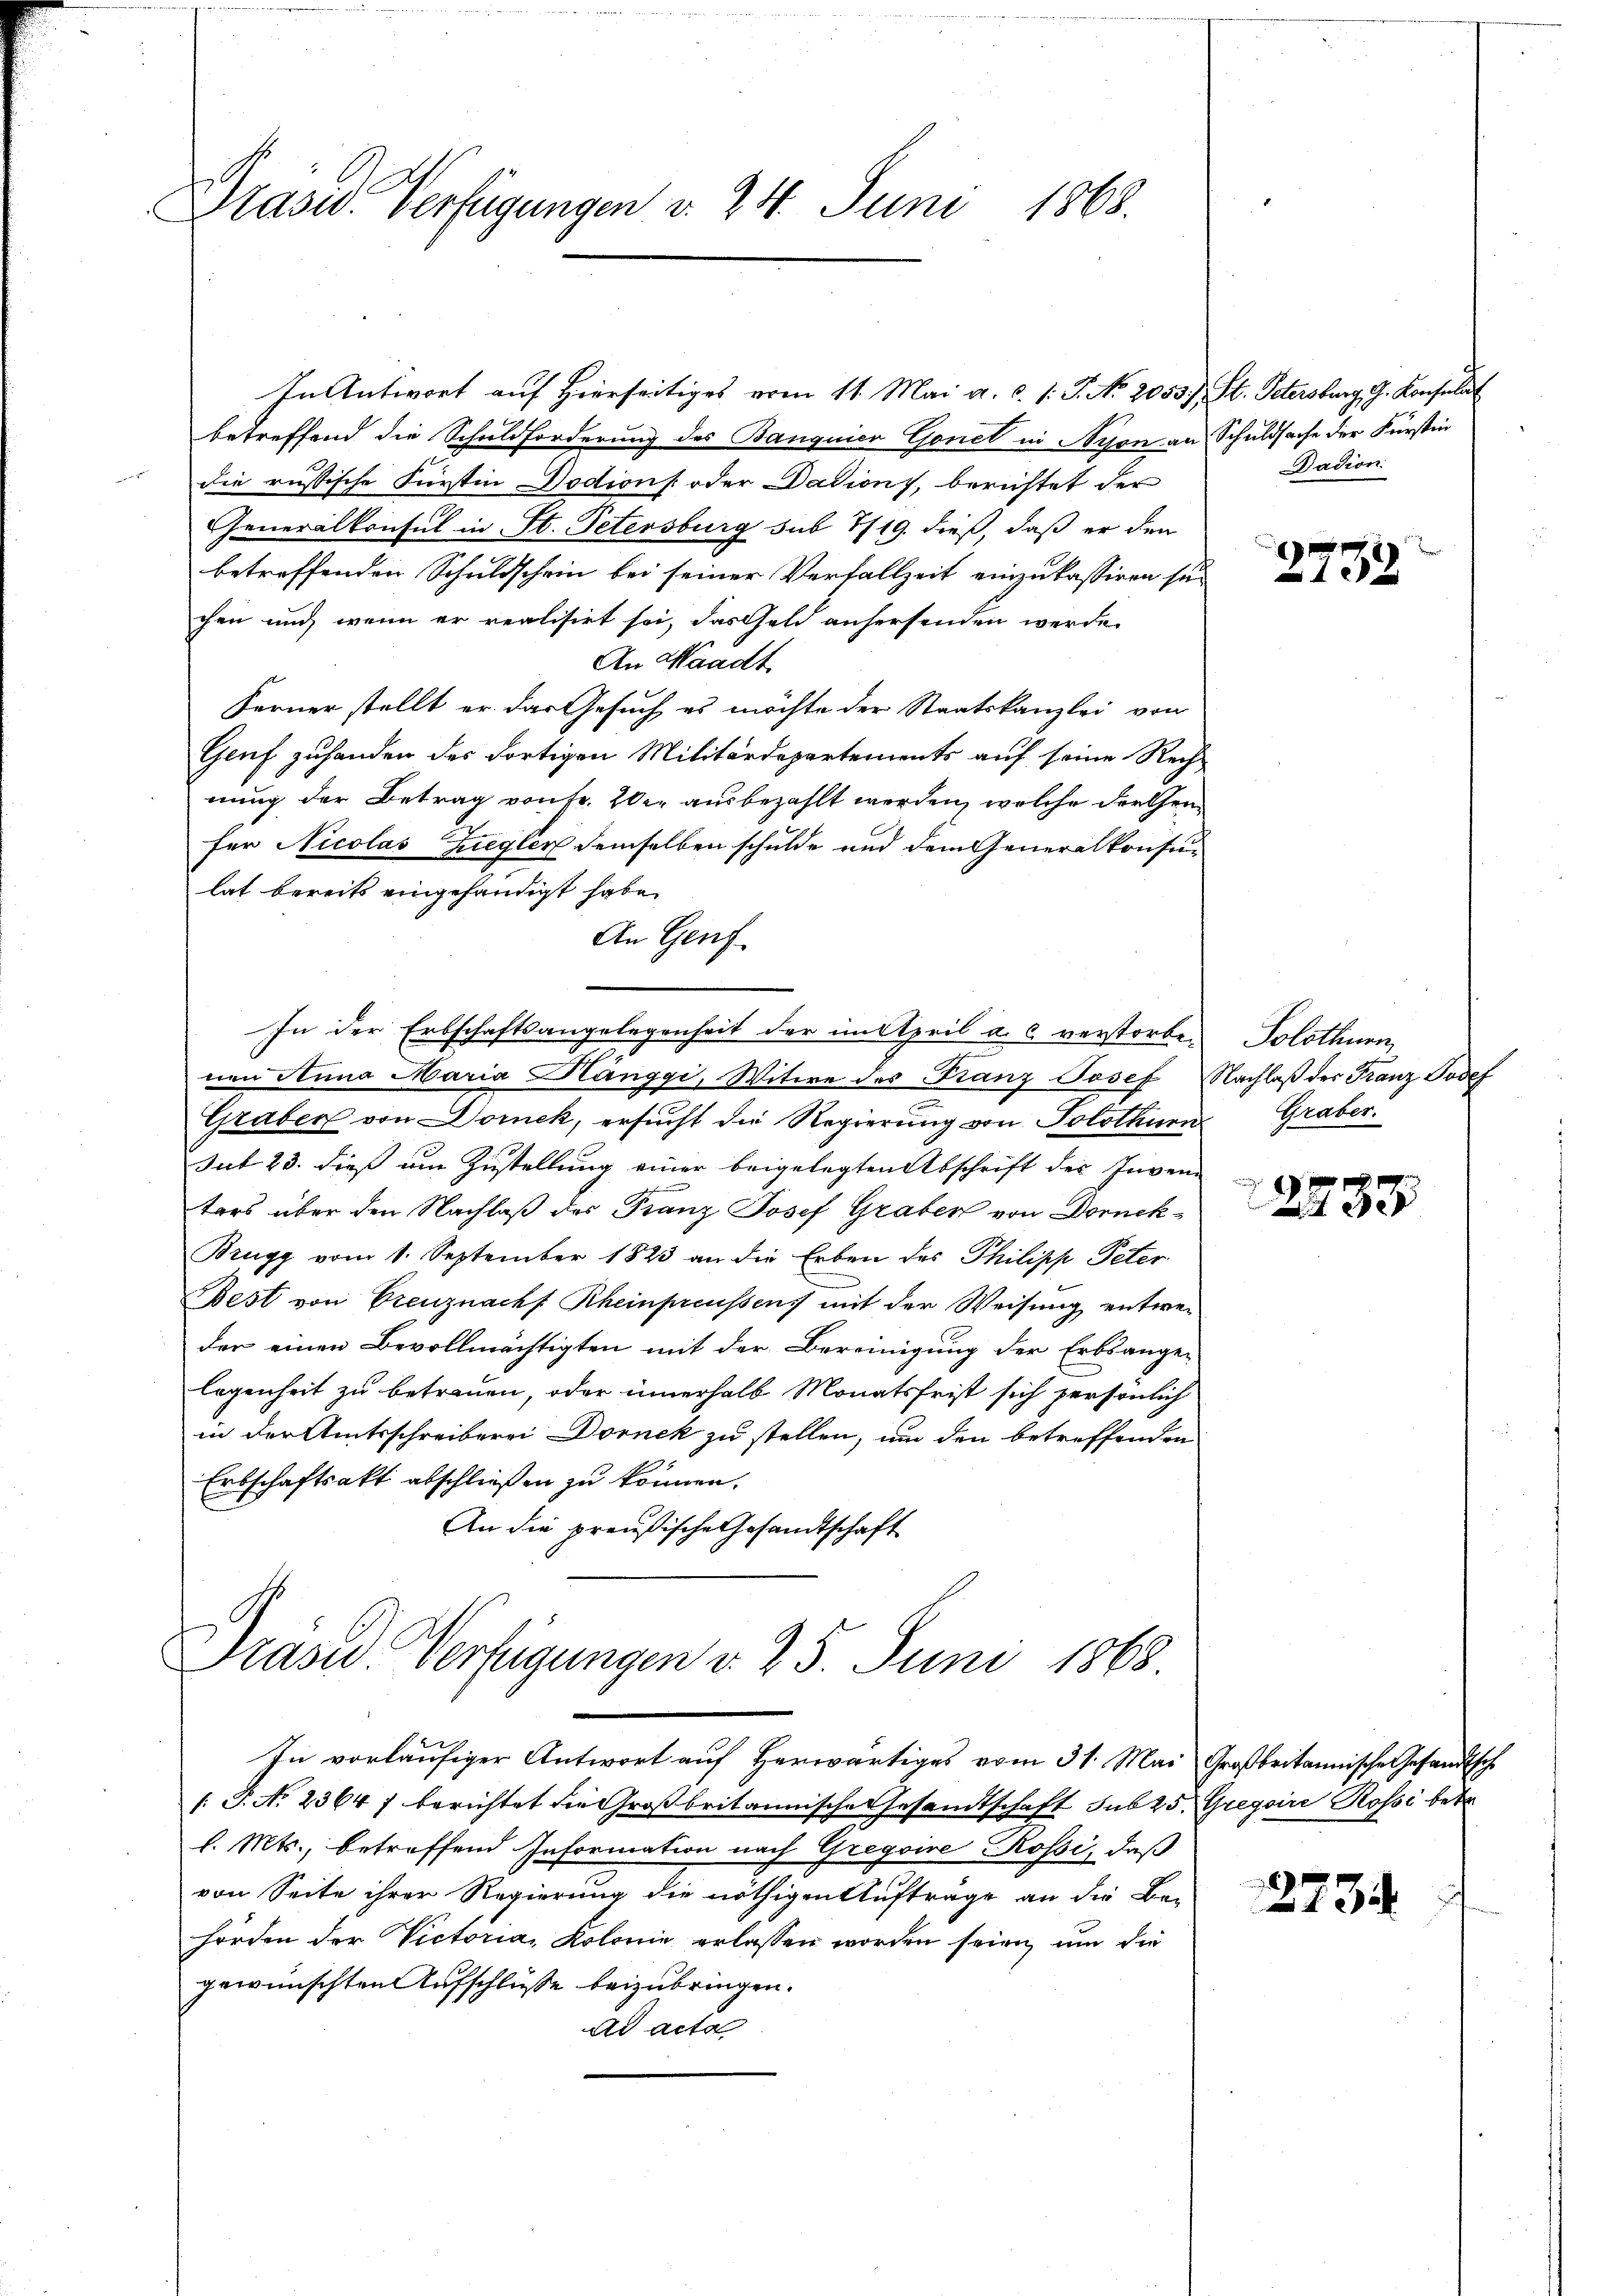
Präsid. Verfügungen v. 24. Juni 1868.

betreffend die Schuldforderung des Banquier Gonet in Nyon an Schuldsache der Fürstin
 die russische Fürstin Doctions oder Dations, berichtet der
Generalkonsul in St. Petersburg sub 1719. dieß, daß er den
betreffenden Schuldschein bei seiner Verfallzeit einzukassiren sei
chen und wenn er realisirt sei, das Geld anhersenden werde.
An Waadt
Ferner stellt er das Gesuch es möchte der Staatskanzlei von
Genf zuhanden des dortigen Militärdepartements auf seine Rech
nung der Betrag von Fr. 20. ausbezahlt werden, welche der Gen
für Nicolas Ziegler demselben schulde und dem Generalkonsu-
lat bereits eingehändigt habe.
An Genf
In der Erbschaftsangelegenheit der im April a. c verstorbe. Solothurn,
nen Anna Maria Känggi, Witwe des Franz Josef Nachlaß des Franz Josef
Graben von Domek, ersucht die Regierung von Solothurn Graber
sub 23. dieß um Zustellung einer beigelegten Abschrift des Inven-
tars über den Nachlaß des Franz Josef Graben von Dornck¬
Brugg vom 1. September 1823 an die Erben des Philipp Peter
Best von Grenznach Rheinpreussens mit der Weisung entweder einen Bevollmächtigten mit der Bereinigung der Erbsangen
legenheit zu betreuen, oder innerhalb Monatsfrist sich persönlich
in der Amtsschreiberei Dornek zu stellen, um den betreffenden
Erbschaftsakt abschließen zu können.
An die preußische Gesandtschaft
Präsid. Verfügungen v. 25. Juni 1868

In Antwort auf Hierseitiges vom 11. Mai a. c. l. J. No. 2053), St. Petersburg, J. Konsulat

In vorläufiger Antwort auf herwärtiges vom 31. Mai Großbritannische Gesandtsch
[: P. No. 23647 berichtet die Großbritannische Gesandtschaft sub 25. Gregoire Rossi betr
l. Mts., betreffend Information nach Gregoire Rossi, daß
von Seite ihrer Regierung die nöthigen Aufträge an die Be-
hörden der Victoria Kolonie erlassen worden seien, um die
gewünschten Aufschlüsse beizubringen.
ad acta

Radion.

2732

2237

2734.